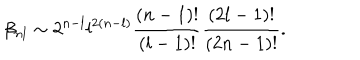
\beta _ { n l } \sim 2 ^ { n - l } l ^ { 2 ( n - l ) } \frac { ( n - 1 ) ! } { ( l - 1 ) ! } \frac { ( 2 l - 1 ) ! } { ( 2 n - 1 ) ! } .